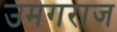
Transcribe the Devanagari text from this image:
उमगराज